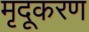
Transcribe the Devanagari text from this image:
मृदूकरण